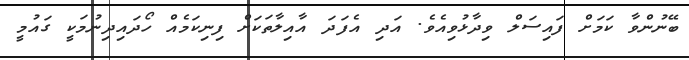
ބޭނުންވާ ކަމަށް ފައިސަލް ވިދާޅުވިއެވެ. އަދި އެފަދަ އާއިލާތަކަށް ފިނިކަމެއް ހޯދައިދިނުމަކީ ގައުމީ